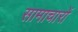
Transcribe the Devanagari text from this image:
सामाचारों